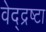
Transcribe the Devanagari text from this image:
वेद्द्रष्टा